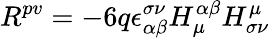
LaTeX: R^{pv}=-6q\epsilon_{\alpha\beta}^{\sigma\nu}H_{\mu}^{\alpha\beta}H_{\sigma\nu}^{\mu}